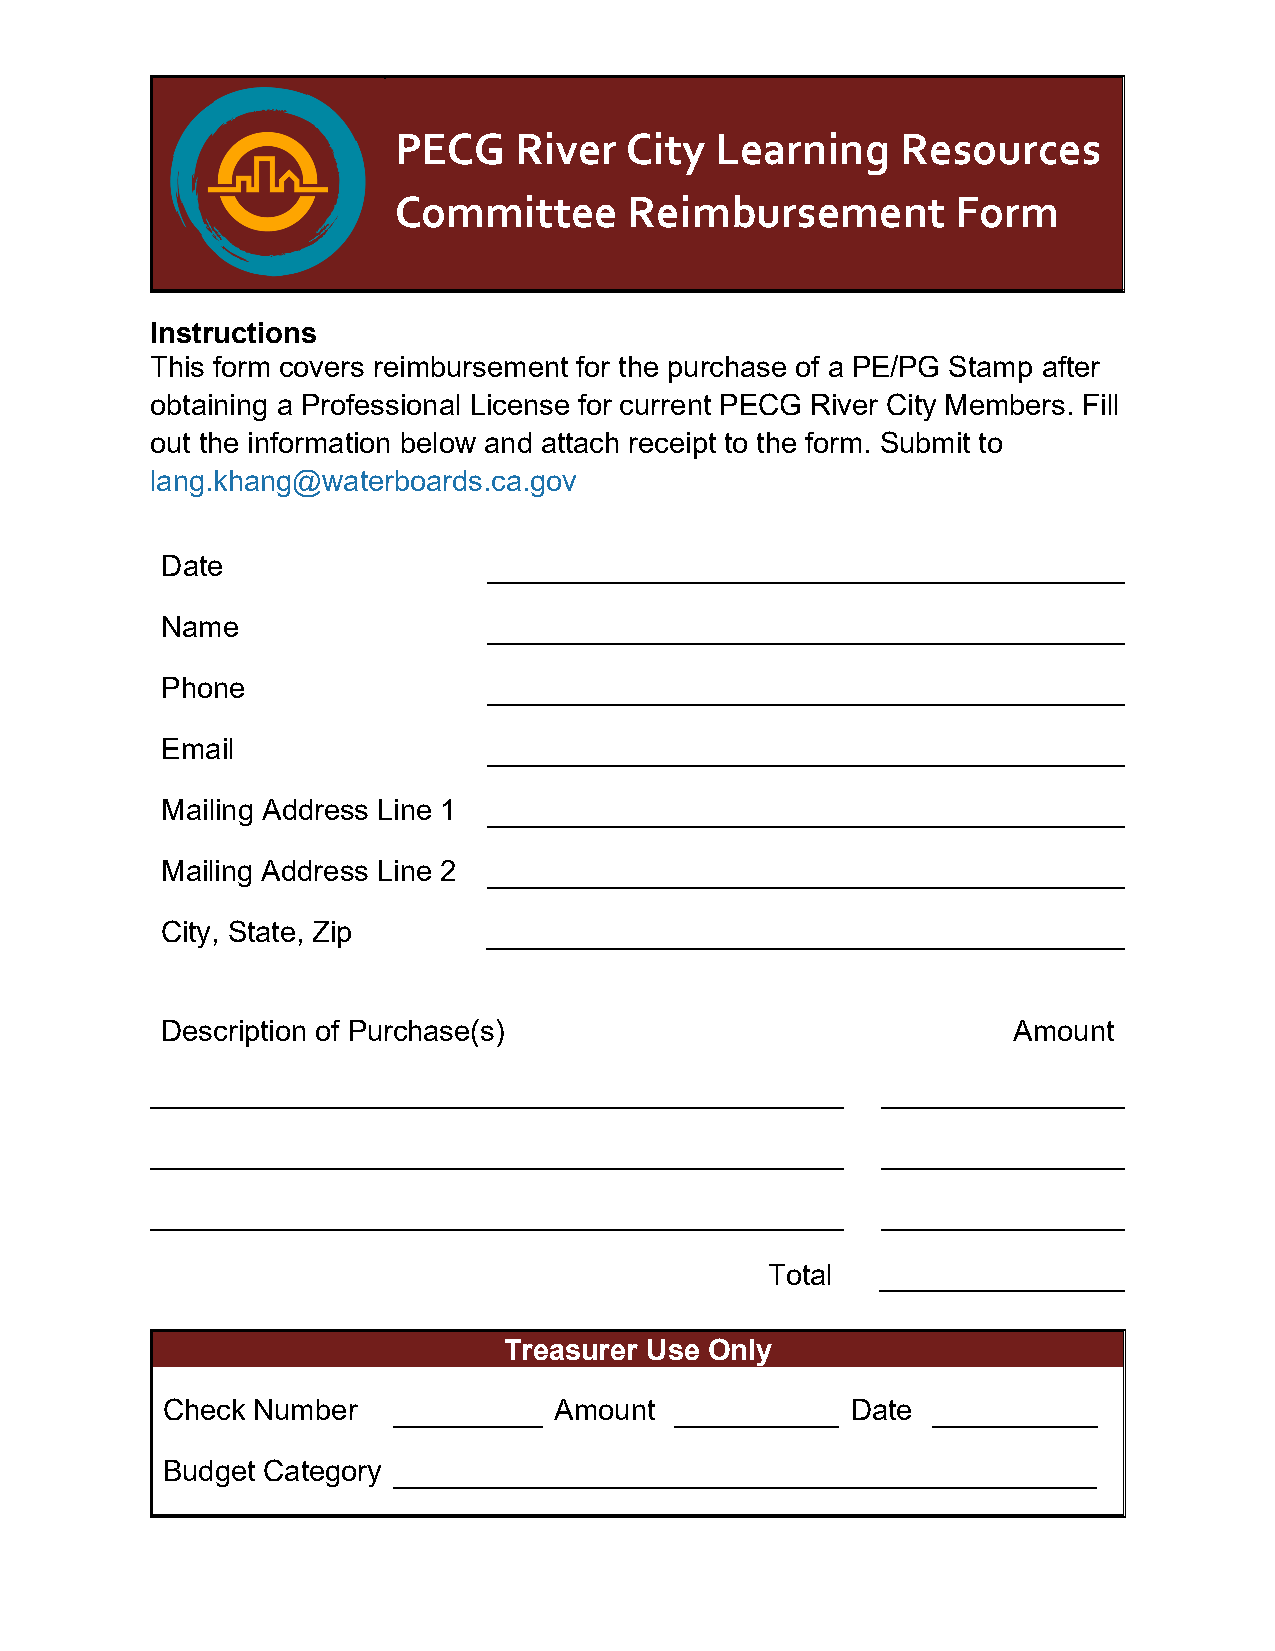
PECG    River   City Learning     Resources
 Committee       Reimbursement        Form
 Instructions
 This form covers reimbursement for the purchase of a PE/PG Stamp after
 obtaining a Professional License for current PECG River City Members. Fill
 out the information below and attach receipt to the form. Submit to
 lang.khang@waterboards.ca.gov
 Date
 Name
 Phone
 Email
 Mailing Address Line 1
 Mailing Address Line 2
 City, State, Zip
 Description of Purchase(s)                              Amount
 Total
 Treasurer Use Only
 Check Number              Amount             Date
 Budget Category